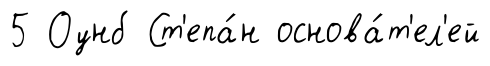
5 Оунб Ст'епа́н основа́т'ел'ей